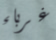
غرباء